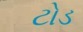
ટોડ